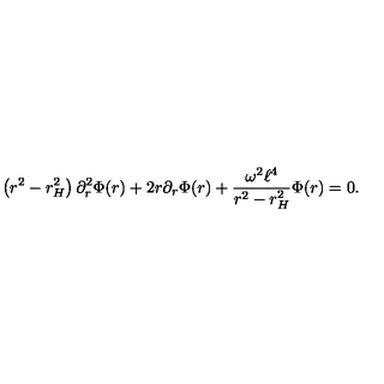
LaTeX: \left( r ^ { 2 } - r _ { H } ^ { 2 } \right) \partial _ { r } ^ { 2 } \Phi ( r ) + 2 r \partial _ { r } \Phi ( r ) + \frac { \omega ^ { 2 } \ell ^ { 4 } } { r ^ { 2 } - r _ { H } ^ { 2 } } \Phi ( r ) = 0 .